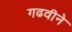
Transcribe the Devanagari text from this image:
गढवीने